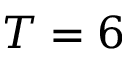
T = 6